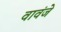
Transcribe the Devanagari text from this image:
वावंजे